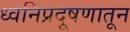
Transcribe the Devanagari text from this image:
ध्वनिप्रदूषणातून